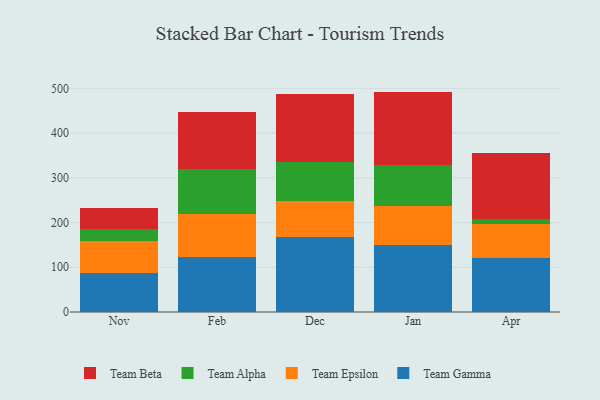
{"axis": {"x": "Month", "y": "Satisfaction Score"}, "legend": ["Team Alpha", "Team Beta", "Team Epsilon", "Team Gamma"], "data": [{"x": "Nov", "y": 88.1, "type": "Team Gamma"}, {"x": "Nov", "y": 70.4, "type": "Team Epsilon"}, {"x": "Nov", "y": 28.1, "type": "Team Alpha"}, {"x": "Nov", "y": 46.6, "type": "Team Beta"}, {"x": "Feb", "y": 123.2, "type": "Team Gamma"}, {"x": "Feb", "y": 95.6, "type": "Team Epsilon"}, {"x": "Feb", "y": 101.3, "type": "Team Alpha"}, {"x": "Feb", "y": 127.8, "type": "Team Beta"}, {"x": "Dec", "y": 167.2, "type": "Team Gamma"}, {"x": "Dec", "y": 81.6, "type": "Team Epsilon"}, {"x": "Dec", "y": 85.8, "type": "Team Alpha"}, {"x": "Dec", "y": 153.1, "type": "Team Beta"}, {"x": "Jan", "y": 150.2, "type": "Team Gamma"}, {"x": "Jan", "y": 86.4, "type": "Team Epsilon"}, {"x": "Jan", "y": 93.1, "type": "Team Alpha"}, {"x": "Jan", "y": 163.1, "type": "Team Beta"}, {"x": "Apr", "y": 120.0, "type": "Team Gamma"}, {"x": "Apr", "y": 77.0, "type": "Team Epsilon"}, {"x": "Apr", "y": 10.3, "type": "Team Alpha"}, {"x": "Apr", "y": 148.5, "type": "Team Beta"}]}